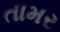
તામર